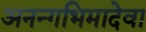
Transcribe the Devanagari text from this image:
अनन्गभिमादेवा